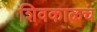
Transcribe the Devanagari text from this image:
शिवकाळच